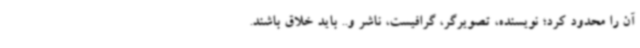
آن را محدود کرد؛ نویسنده، تصویرگر، گرافیست، ناشر و.. باید خلاق باشند.